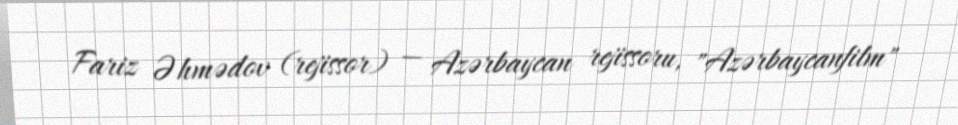
Fariz Əhmədov (rejissor) — Azərbaycan rejissoru, "Azərbaycanfilm"